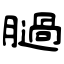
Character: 膼